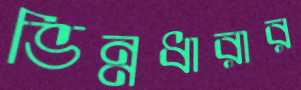
ভিন্নধারার